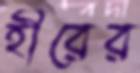
হীরের